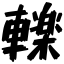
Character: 轢